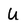
Character: U